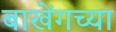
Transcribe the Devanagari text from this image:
बाखेंगच्या